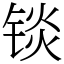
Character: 锬